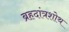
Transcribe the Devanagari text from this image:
ब्रहदांत्रशोथ